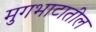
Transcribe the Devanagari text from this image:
मुगभाटातील